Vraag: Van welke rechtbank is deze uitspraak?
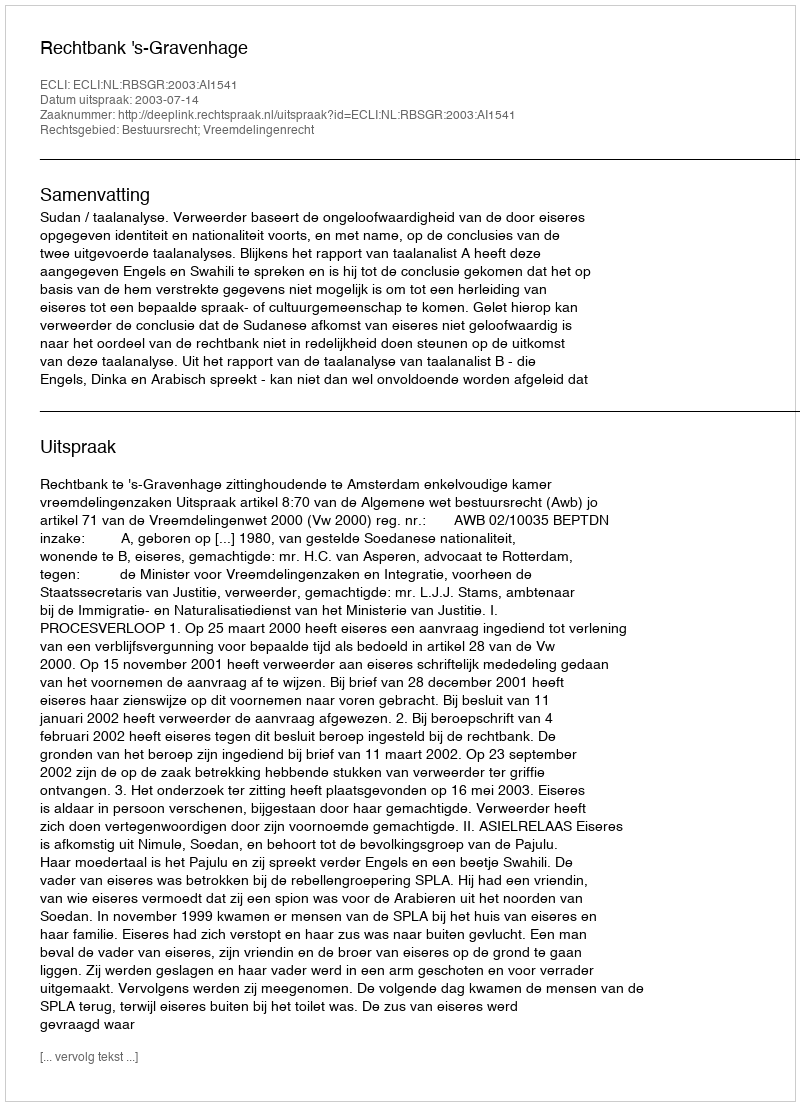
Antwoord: Rechtbank 's-Gravenhage